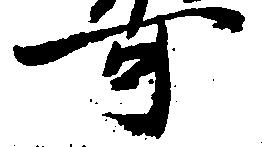
可